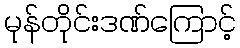
မုန်တိုင်းဒဏ်ကြောင့်